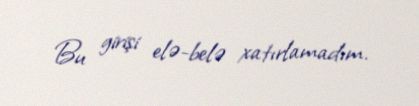
Bu girişi elə-belə xatırlamadım.